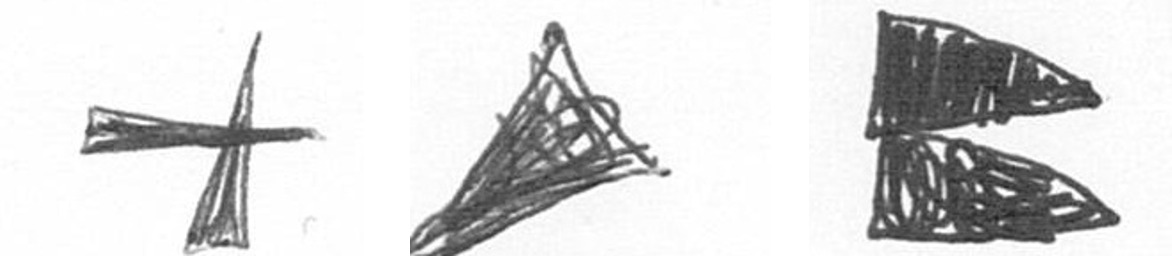
G O P